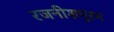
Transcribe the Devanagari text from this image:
रजनीशपूरम